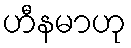
ဟီနမာဟု